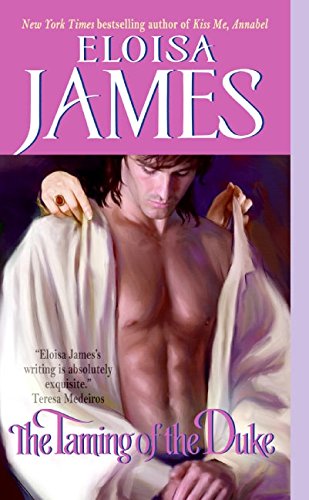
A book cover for The Taming of the Duke (Essex Sisters, book 3); Eloisa James; Literature & Fiction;